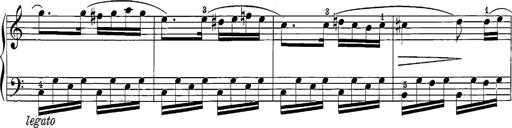
Title: 12 Sonatine per Pianoforte
Composer: Friedrich Kuhlau